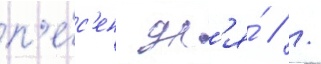
п'е́с'ен дл'я́ // /